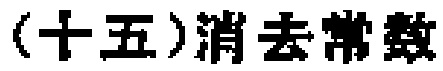
(十五)消去常数